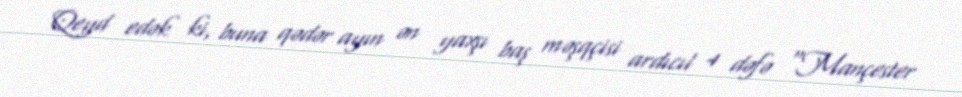
Qeyd edək ki, buna qədər ayın ən yaxşı baş məşqçisi ardıcıl 4 dəfə "Mançester